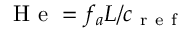
\mathrm { ~ H ~ e ~ } = { f _ { a } L } / { c _ { \mathrm { ~ r ~ e ~ f ~ } } }